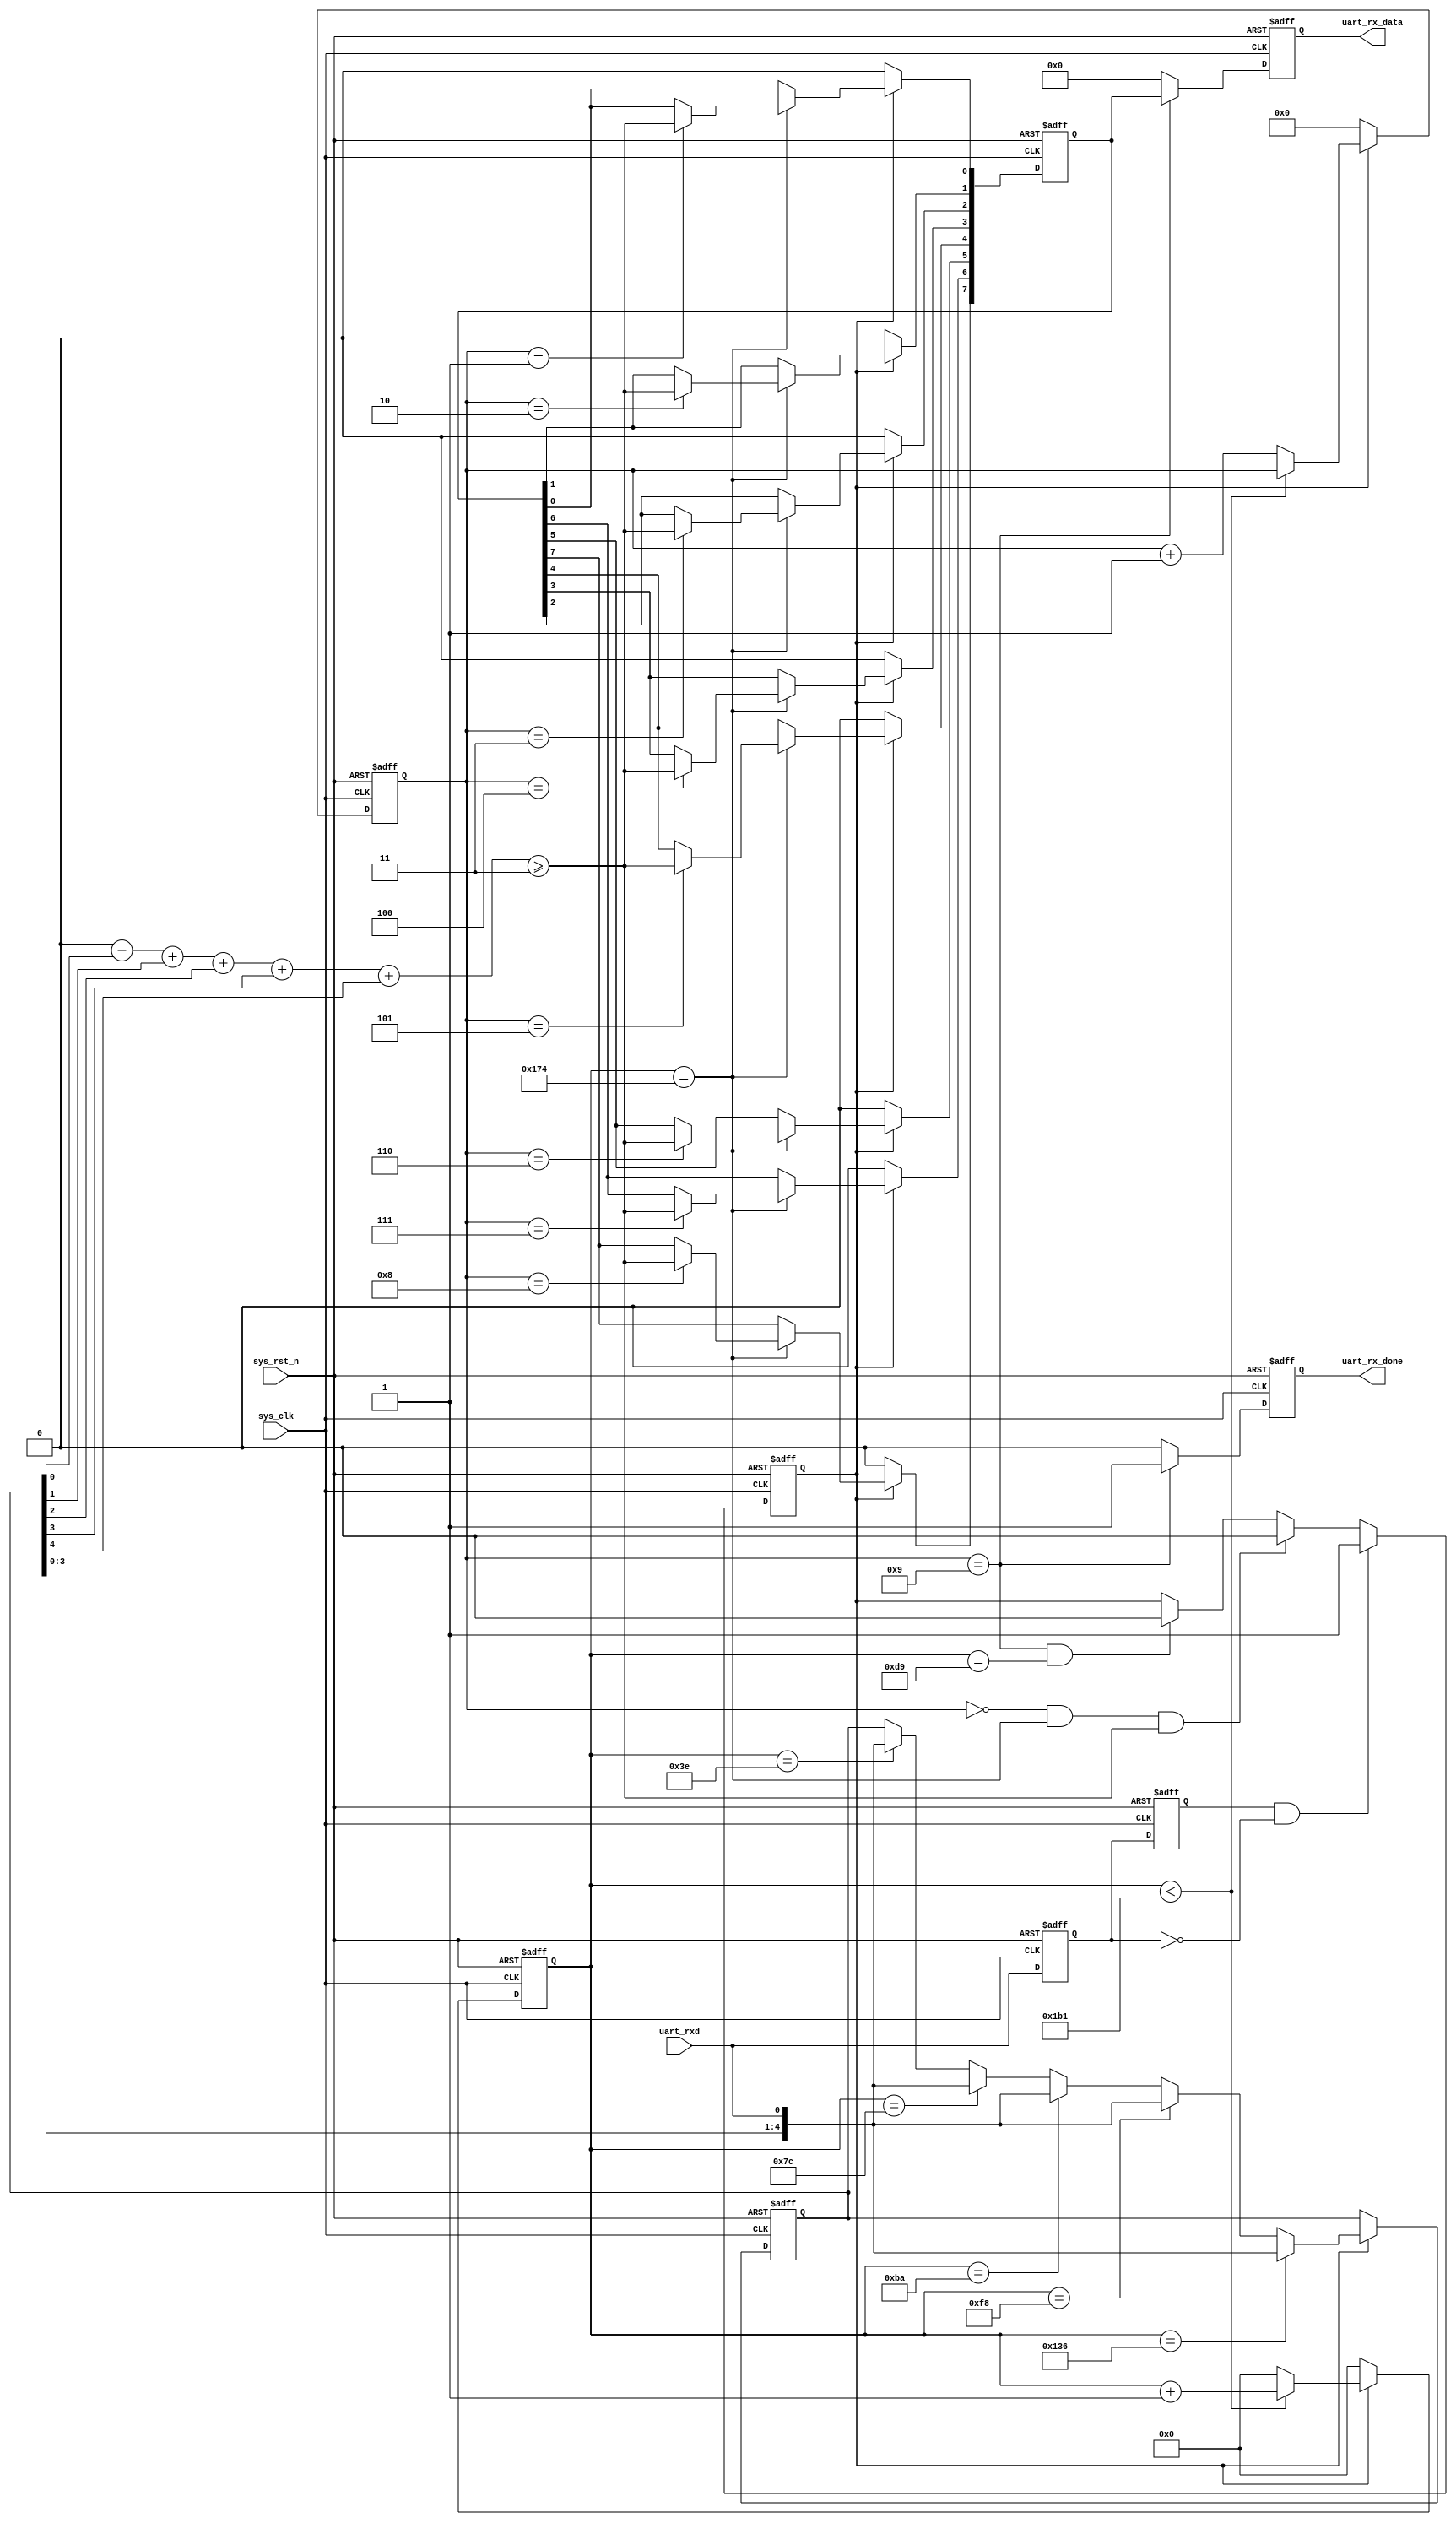
// This program was cloned from: https://github.com/huangxc6/Software_Hardware_Co-Design_24Spring
// License: MIT License

module uart_rx(
    input               sys_clk,                //50M
    input               sys_rst_n,              //
    input               uart_rxd,               //
    output reg          uart_rx_done,           //
    output reg [7:0]    uart_rx_data            //
);
//
parameter       BPS         = 115200;           //115200bps
parameter       SYS_CLK_FRE = 50_000_000;       //50M
localparam      BPS_CNT     = SYS_CLK_FRE/BPS;  //
localparam      SAMPLE_NUM  = 5;                //

integer idx;

reg                             uart_rx_d0;                 //1
reg                             uart_rx_d1;                 //2
reg [15:0]                      clk_cnt;                    //
reg [3:0]                       rx_cnt;                     //
reg                             rx_flag;                    //
reg [7:0]                       uart_rx_data_reg;           //

reg [SAMPLE_NUM-1:0]            uart_rx_data_sample;        //
reg [$clog2(SAMPLE_NUM+1)-1:0]  uart_rx_data_sample_1num;   //1
wire                            uart_rx_data_sample_out;    //

wire                            neg_uart_rx_data;           //

assign neg_uart_rx_data = uart_rx_d1 & (~uart_rx_d0);       //
//12
always@(posedge sys_clk or negedge sys_rst_n) begin
    if(!sys_rst_n) begin
        uart_rx_d0 <= 1'b0;
        uart_rx_d1 <= 1'b0;
    end
    else begin
        uart_rx_d0 <= uart_rxd;
        uart_rx_d1 <= uart_rx_d0;
    end        
end

//09
always@(posedge sys_clk or negedge sys_rst_n) begin
    if(!sys_rst_n)
        rx_flag <= 1'b0;
    else begin 
        if(neg_uart_rx_data)
            rx_flag <= 1'b1;
        else if ((rx_cnt==4'd0) && (clk_cnt==(SAMPLE_NUM+1)*BPS_CNT/(SAMPLE_NUM+2)) && uart_rx_data_sample_out) // 
            rx_flag <= 1'b0;
        else if((rx_cnt==4'd9)&&(clk_cnt==BPS_CNT/2))//9
            rx_flag <= 1'b0;
        else 
            rx_flag <= rx_flag;
    end
end

//BPS_CNT1
always@(posedge sys_clk or negedge sys_rst_n) begin
    if(!sys_rst_n) begin
        clk_cnt <= 16'd0;
        rx_cnt  <= 4'd0;
    end else if(rx_flag) begin
        if(clk_cnt<BPS_CNT-1'b1) begin
            clk_cnt <= clk_cnt+1'b1;
            rx_cnt  <= rx_cnt;
        end else begin
            clk_cnt <= 16'd0;
            rx_cnt  <= rx_cnt+1'b1;
            
        end
    end else begin
        rx_cnt  <= 4'd0;
        clk_cnt <= 16'd0;
    end        
end

// 
always@(posedge sys_clk or negedge sys_rst_n) begin
    if(!sys_rst_n) begin
        uart_rx_data_sample <= {SAMPLE_NUM{1'b1}};
    end else if(rx_flag) begin
        for( idx = 1; idx<SAMPLE_NUM+1; idx = idx + 1) begin
            if(clk_cnt==idx*BPS_CNT/(SAMPLE_NUM+2)) begin
                uart_rx_data_sample <= {uart_rx_data_sample[SAMPLE_NUM-2:0],uart_rxd};
            end
        end
    end   
end

// 
reg sample_flag;
always@(posedge sys_clk or negedge sys_rst_n) begin
    if (!sys_rst_n) begin
        sample_flag <= 1'b0;
    end else if (sample_flag) begin
        sample_flag <= 1'b0;
    end else if (rx_flag) begin
        for( idx = 1; idx<SAMPLE_NUM+2; idx = idx + 1) begin
            if(clk_cnt==idx*BPS_CNT/(SAMPLE_NUM+2)) begin
                sample_flag <= 1'b1;
            end
        end 
    end 
end

//1
always @(*) begin
    uart_rx_data_sample_1num = 0;  
    for( idx = 0; idx<SAMPLE_NUM; idx = idx + 1) begin
        uart_rx_data_sample_1num = uart_rx_data_sample_1num + uart_rx_data_sample[idx];
    end
end

assign uart_rx_data_sample_out = (uart_rx_data_sample_1num >= (SAMPLE_NUM/2+1));

//
always@(posedge sys_clk or negedge sys_rst_n) begin
    if(!sys_rst_n)
        uart_rx_data_reg <= 8'd0;
    else if(rx_flag)
        if (clk_cnt==(SAMPLE_NUM+1)*BPS_CNT/(SAMPLE_NUM+2)) begin
            case(rx_cnt)            
                4'd1:uart_rx_data_reg[0] <= uart_rx_data_sample_out;
                4'd2:uart_rx_data_reg[1] <= uart_rx_data_sample_out;
                4'd3:uart_rx_data_reg[2] <= uart_rx_data_sample_out;
                4'd4:uart_rx_data_reg[3] <= uart_rx_data_sample_out;
                4'd5:uart_rx_data_reg[4] <= uart_rx_data_sample_out;
                4'd6:uart_rx_data_reg[5] <= uart_rx_data_sample_out;
                4'd7:uart_rx_data_reg[6] <= uart_rx_data_sample_out;
                4'd8:uart_rx_data_reg[7] <= uart_rx_data_sample_out;
                default:;
            endcase
        end
        else
            uart_rx_data_reg <= uart_rx_data_reg;
    else
        uart_rx_data_reg <= 8'd0;
end

//
always@(posedge sys_clk or negedge sys_rst_n) begin
    if(!sys_rst_n) begin
        uart_rx_done <= 1'b0;
        uart_rx_data <= 8'd0;
    end    
    else if(rx_cnt==4'd9) begin
        uart_rx_done <= 1'b1;
        uart_rx_data <= uart_rx_data_reg;
    end        
    else begin
        uart_rx_done <= 1'b0;
        uart_rx_data <= 8'd0;
    end
end

endmodule